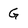
Character: G